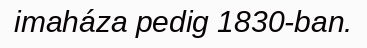
imaháza pedig 1830-ban.